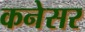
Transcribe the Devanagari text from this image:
कनेसर